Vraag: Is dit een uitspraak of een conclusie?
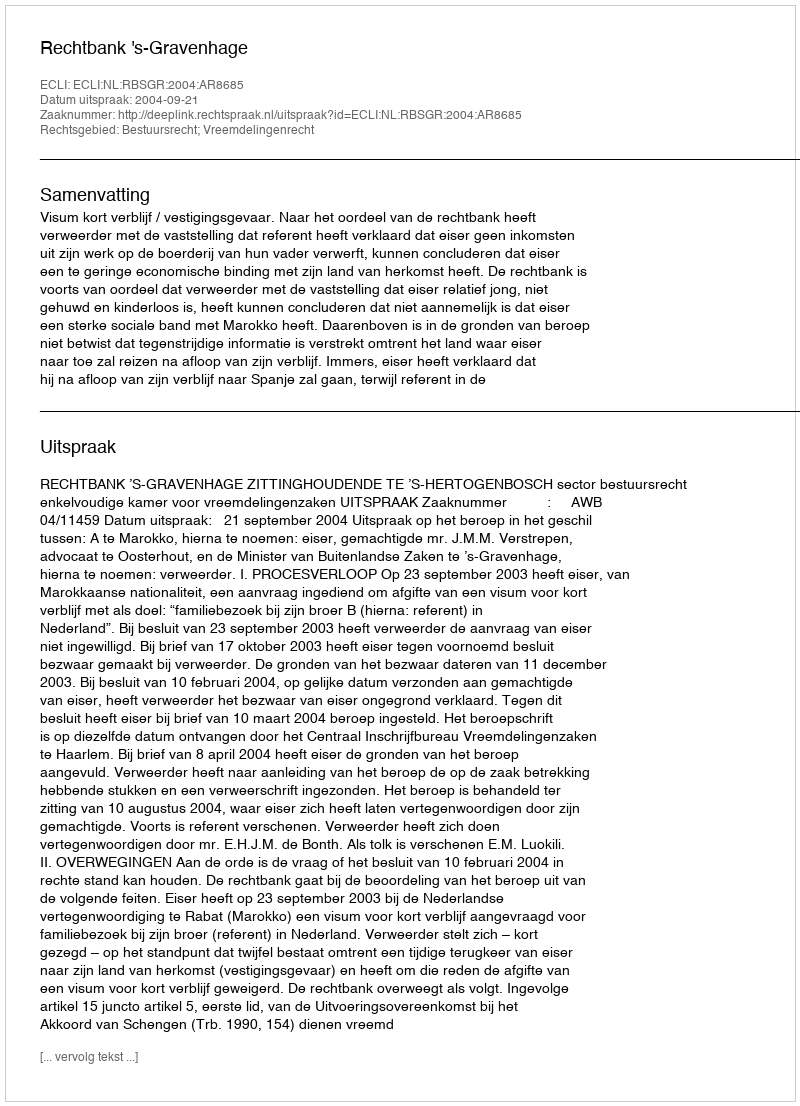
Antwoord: Uitspraak